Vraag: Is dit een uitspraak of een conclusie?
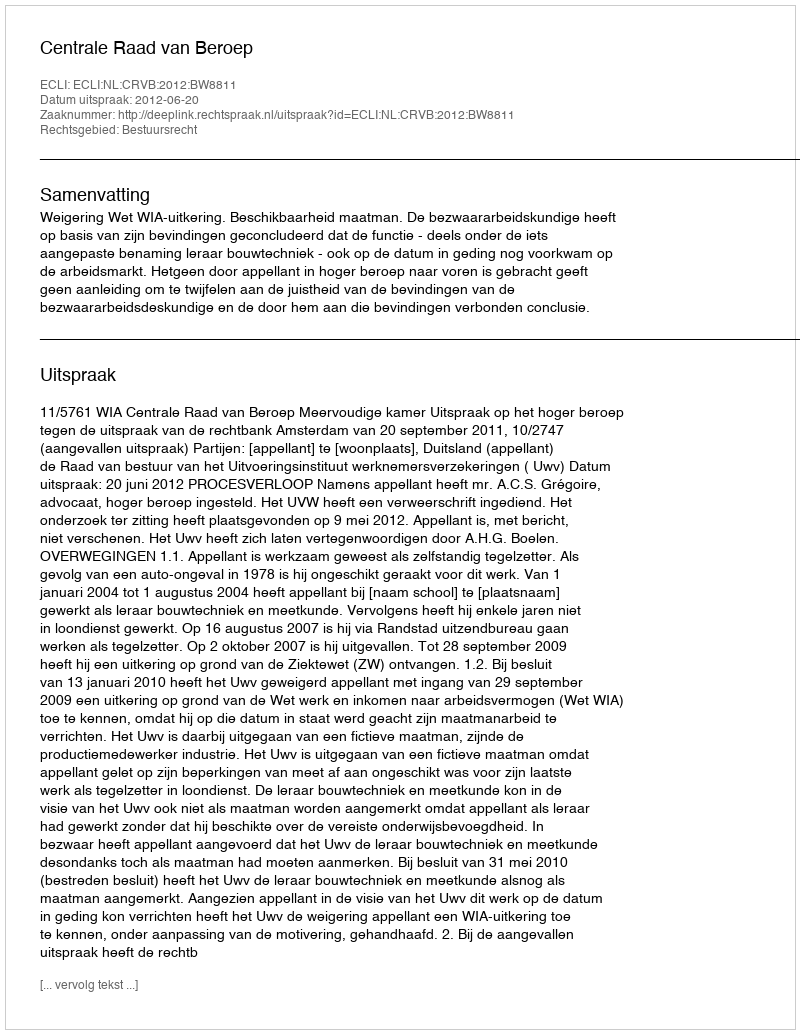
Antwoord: Uitspraak